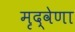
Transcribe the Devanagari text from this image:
मृद्‌वेणा